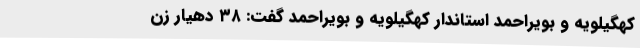
کهگیلویه و بویراحمد استاندار کهگیلویه و بویراحمد گفت: ۳۸ دهیار زن